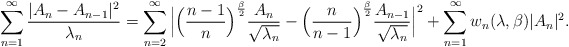
\begin{align*}{}\displaystyle\sum_{n=1}^{\infty}\frac{|A_{n}-A_{n-1}|^{2}}{\lambda_{n}}&=\displaystyle\sum_{n=2}^{\infty}\Big|\Big(\frac{n-1}{n}\Big)^{\frac{\beta}{2}}\frac{A_n}{\sqrt{\lambda_{n}}}-\Big(\frac{n}{n-1}\Big)^{\frac{\beta}{2}}\frac{A_{n-1}}{\sqrt{\lambda_{n}}}\Big|^{2}+\displaystyle\sum_{n=1}^{\infty}w_{n}(\lambda,\beta)|A_{n}|^{2}.\end{align*}